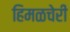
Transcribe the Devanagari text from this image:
हिमळचेरी